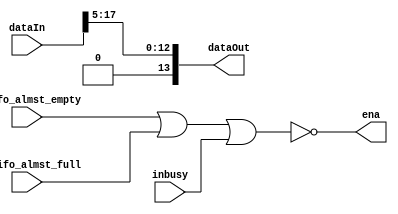
`timescale 1ns / 1ps
//////////////////////////////////////////////////////////////////////////////////
// Company: 
// Engineer: 
// 
// Design Name: 
// Module Name: HALF_AMP
// Project Name: 
// Target Devices: 
// Tool Versions: 
// Description: 
// 
// Dependencies: 
// 
// Revision:
// Revision 0.01 - File Created
// Additional Comments:
// 
//////////////////////////////////////////////////////////////////////////////////

module HALF_AMP#(
    parameter SAMPLE_RATE = 4, // sampling per 2^n data
    parameter DATA_WIDTH = 14
)
(
    input infifo_almst_empty,
    input outfifo_almst_full,
    input inbusy,
    output ena, 
    input[DATA_WIDTH-1+SAMPLE_RATE:0] dataIn,
    output[DATA_WIDTH-1:0] dataOut
);

    assign ena = !(infifo_almst_empty || outfifo_almst_full || inbusy);
    assign dataOut = (dataIn >> (SAMPLE_RATE + 1));
    // assign dataOut = (dataIn >> (SAMPLE_RATE));
endmodule